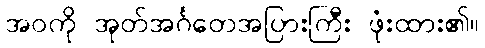
အဝကို အုတ်အင်္ဂတေအပြားကြီး ဖုံးထား၏။